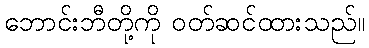
ဘောင်းဘီတို့ကို ဝတ်ဆင်ထားသည်။